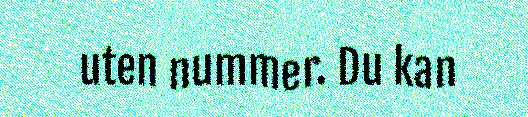
uten nummer. Du kan